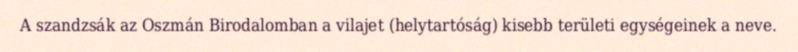
A szandzsák az Oszmán Birodalomban a vilajet (helytartóság) kisebb területi egységeinek a neve.